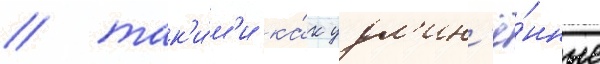
/ так'и́м'и ка́к удл'ин'ё́нные